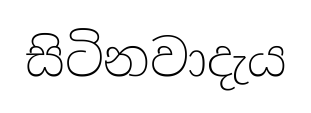
සිටිනවාදැය